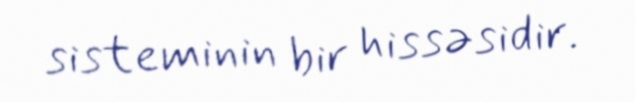
sisteminin bir hissəsidir.